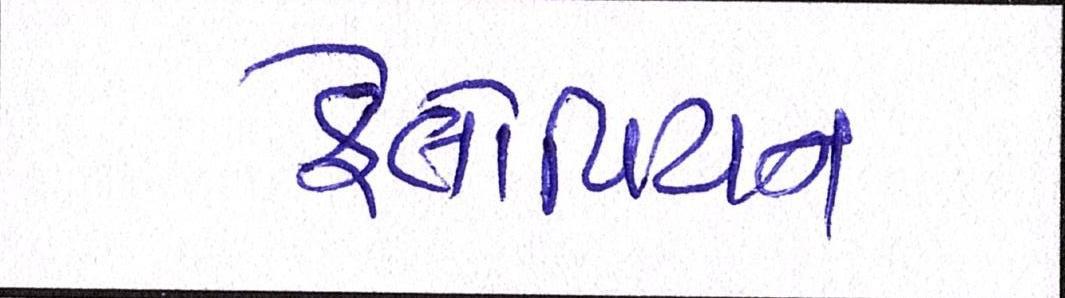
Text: ફેલોપિયન